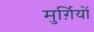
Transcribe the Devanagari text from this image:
मुर्ग़ियों